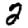
Digit: 2